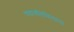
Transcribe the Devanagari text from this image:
चद्रावलिविलास